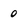
Character: 0